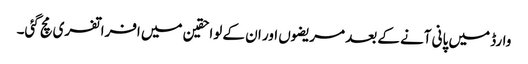
وارڈ میں پانی آنے کے بعد مریضوں اور ان کے لواحقین میں افراتفری مچ گئی۔